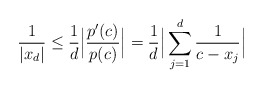
\begin{align*}\frac{1}{|x_d|}\le \frac{1}{d}\Big|\frac{p'(c)}{p(c)}\Big|=\frac{1}{d}\Big|\sum_{j=1}^d \frac{1}{c-x_j}\Big|\end{align*}